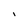
Character: l